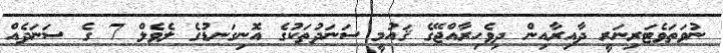
ނުވަތަވެޓަރިނަރީ ދާއިރާއިން ދިވެހިރާއްޖޭގެ ޤައުމީ ސަނަދުތަކުގެ އޮނިގަނޑުގެ ލެވެލް 7 ގެ ސަނަދެއް